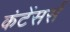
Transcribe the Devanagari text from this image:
कंटेंसर्स